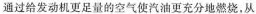
通过给发动机更足量的空气使汽油更充分地燃烧，从